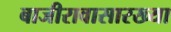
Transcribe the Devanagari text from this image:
बाजीरावासारख्या